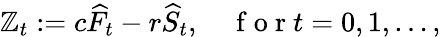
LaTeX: \mathbb{Z}_{t}:=c\widehat{{F}}_{t}-r\widehat{{S}}_{t},\quad\mathrm{{~f~o~r~}}t=0,1,\ldots,